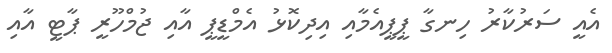
އެއީ ސަރުކާރު ހިނގާ ޕީޕީއެމާއި އިދިކޮޅު އެމްޑީޕީ އާއި ޖުމްހޫރީ ޕާޓީ އާއި